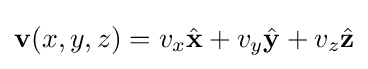
\mathbf {v} (x,y,z)=v_{x}{\hat {\mathbf {x} }}+v_{y}{\hat {\mathbf {y} }}+v_{z}{\hat {\mathbf {z} }}